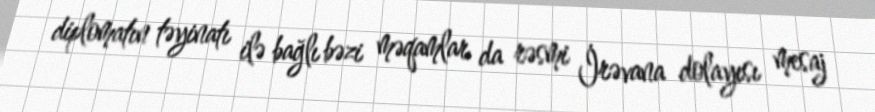
diplomatın təyinatı ilə bağlı bəzi məqamlar da rəsmi İrəvana dolayısı mesaj